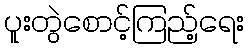
ပူးတွဲစောင့်ကြည့်ရေး